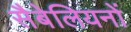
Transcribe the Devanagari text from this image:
सैबेलियनों